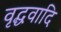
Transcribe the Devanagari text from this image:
वृद्धवादि